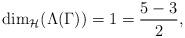
LaTeX: \begin{align*}\dim_{\mathcal{H}}(\Lambda(\Gamma))=1=\frac{5-3}{2},\end{align*}